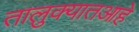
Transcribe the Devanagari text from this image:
तालुक्यातआहे